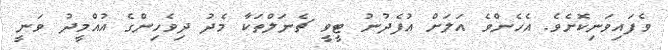
ވެފައިވަނިކޮށެވެ. އެހެންވެ އަލަށް އުފެދުނު ޓީވީ ޗެނަލްތަކާ މެދު ދިވެހިންގެ އުއްމީދު ވަނީ